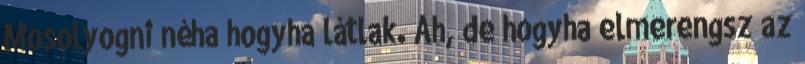
Mosolyogni néha hogyha látlak. Ah, de hogyha elmerengsz az